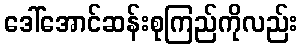
ဒေါ်အောင်ဆန်းစုကြည်ကိုလည်း